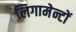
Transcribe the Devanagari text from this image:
लिगामेन्टों